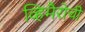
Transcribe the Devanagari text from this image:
व्हिमैरोची